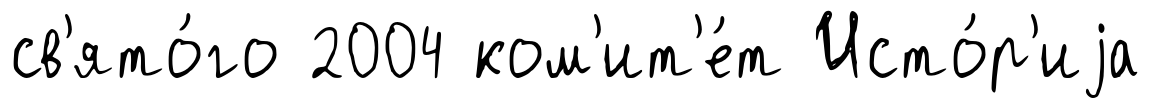
св'ято́го 2004 ком'ит'е́т Исто́р'иjа